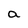
Character: a